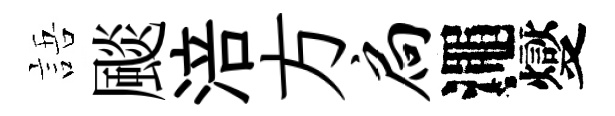
語颷涪方扃澠燮